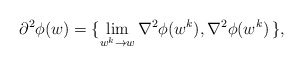
\begin{align*}\partial^2 \phi(w) = \{\displaystyle\lim_{w^k\to w} \nabla^2 \phi(w^k), \nabla^2 \phi(w^k) \,\},\end{align*}